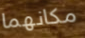
مكانهما